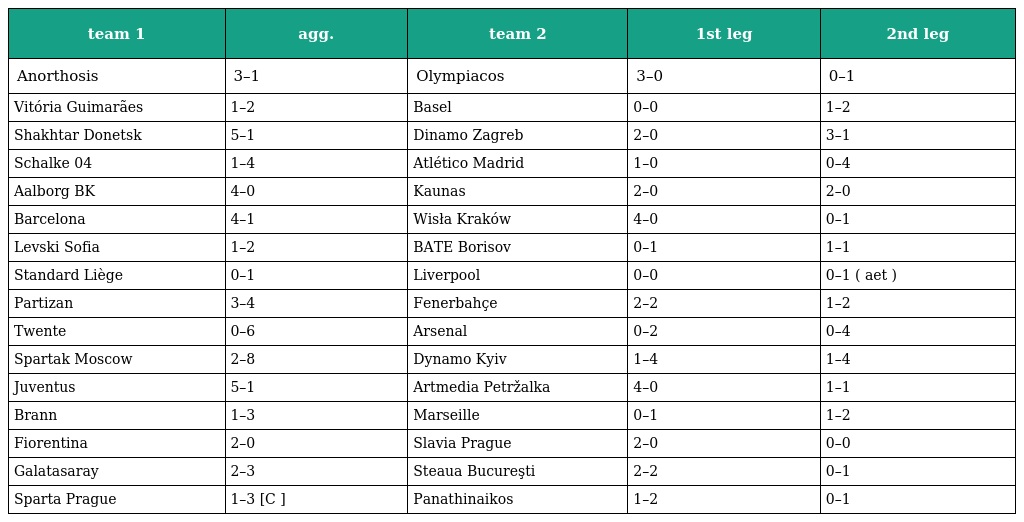
| team 1 | agg. | team 2 | 1st leg | 2nd leg |
 | --- | --- | --- | --- | --- |
 | Anorthosis | 3–1 | Olympiacos | 3–0 | 0–1 |
 | Vitória Guimarães | 1–2 | Basel | 0–0 | 1–2 |
 | Shakhtar Donetsk | 5–1 | Dinamo Zagreb | 2–0 | 3–1 |
 | Schalke 04 | 1–4 | Atlético Madrid | 1–0 | 0–4 |
 | Aalborg BK | 4–0 | Kaunas | 2–0 | 2–0 |
 | Barcelona | 4–1 | Wisła Kraków | 4–0 | 0–1 |
 | Levski Sofia | 1–2 | BATE Borisov | 0–1 | 1–1 |
 | Standard Liège | 0–1 | Liverpool | 0–0 | 0–1 ( aet ) |
 | Partizan | 3–4 | Fenerbahçe | 2–2 | 1–2 |
 | Twente | 0–6 | Arsenal | 0–2 | 0–4 |
 | Spartak Moscow | 2–8 | Dynamo Kyiv | 1–4 | 1–4 |
 | Juventus | 5–1 | Artmedia Petržalka | 4–0 | 1–1 |
 | Brann | 1–3 | Marseille | 0–1 | 1–2 |
 | Fiorentina | 2–0 | Slavia Prague | 2–0 | 0–0 |
 | Galatasaray | 2–3 | Steaua Bucureşti | 2–2 | 0–1 |
 | Sparta Prague | 1–3 [C ] | Panathinaikos | 1–2 | 0–1 |